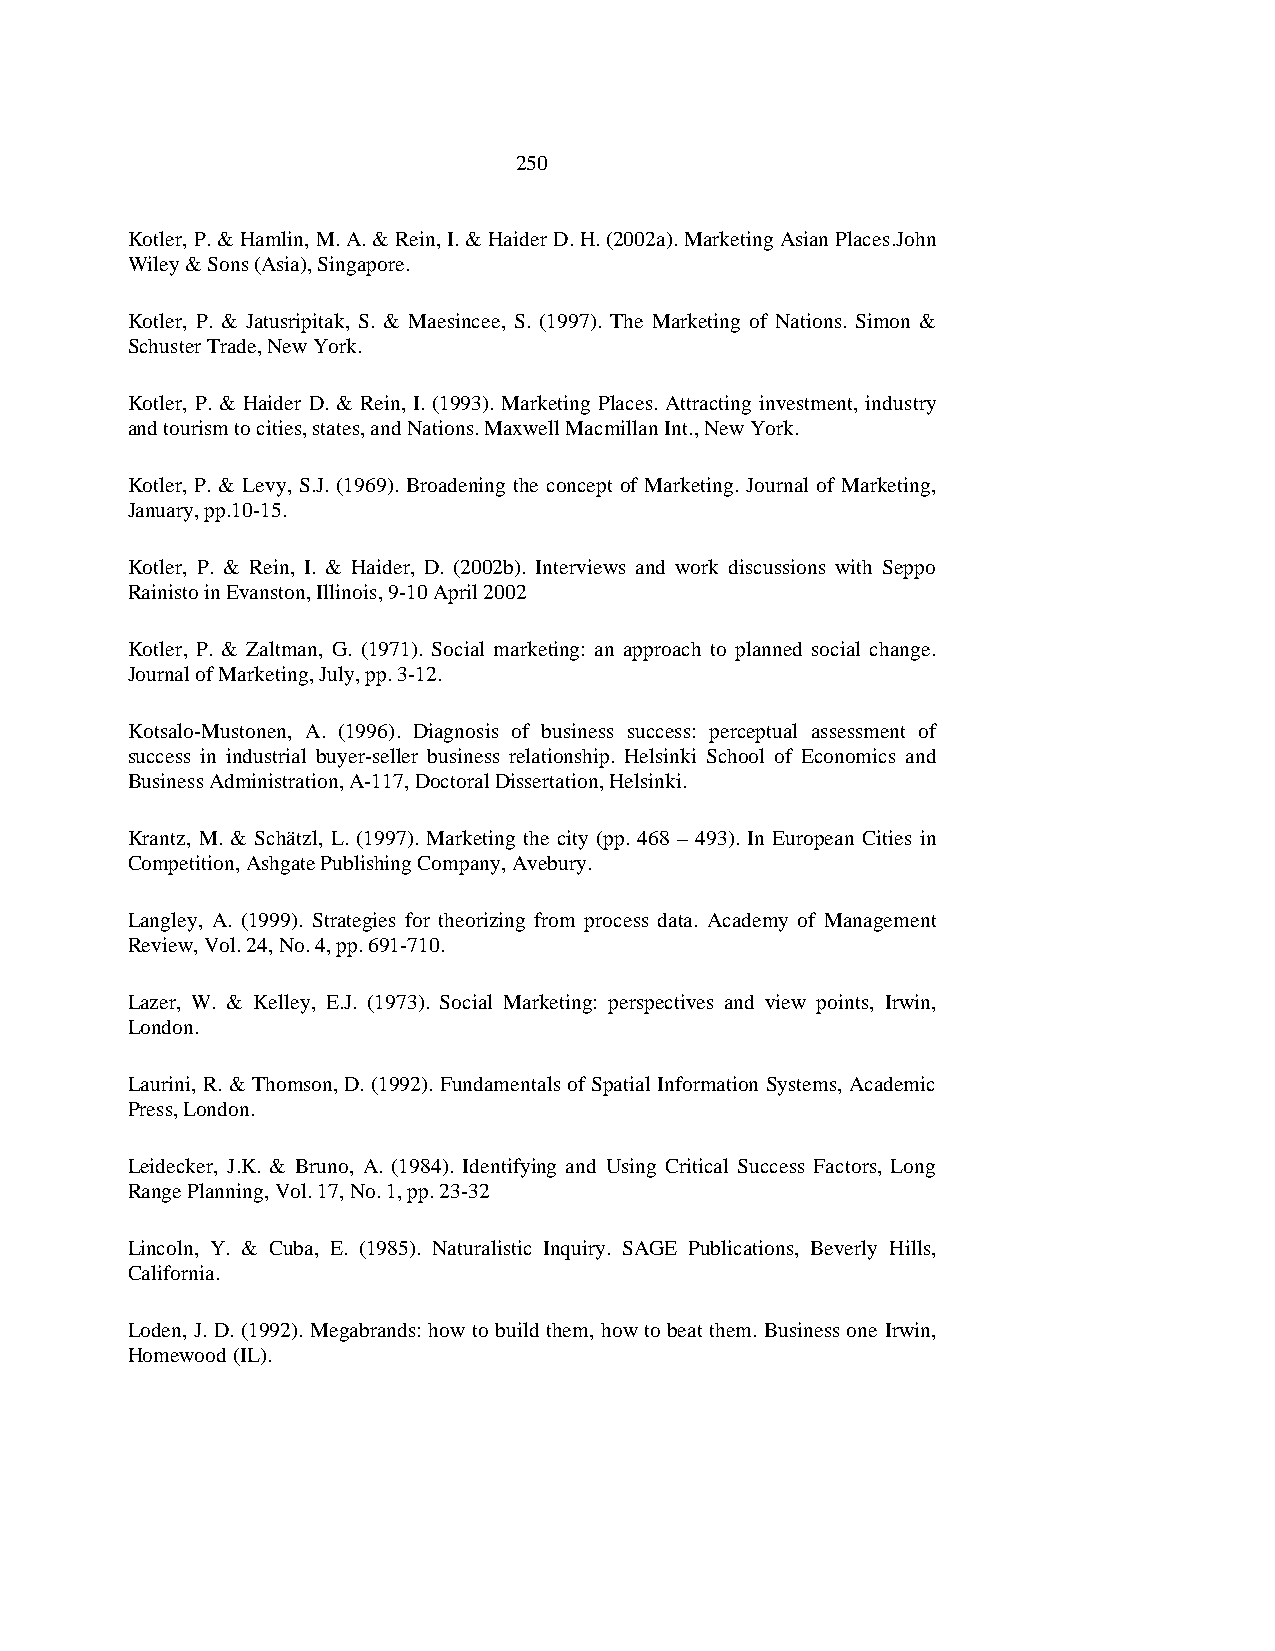
250
 Kotler, P. & Hamlin, M. A. & Rein, I. & Haider D. H. (2002a). Marketing Asian Places.John
 Wiley & Sons (Asia), Singapore.
 Kotler, P. & Jatusripitak, S. & Maesincee, S. (1997). The Marketing of Nations. Simon &
 Schuster Trade, New York.
 Kotler, P. & Haider D. & Rein, I. (1993). Marketing Places. Attracting investment, industry
 and tourism to cities, states, and Nations. Maxwell Macmillan Int., New York.
 Kotler, P. & Levy, S.J. (1969). Broadening the concept of Marketing. Journal of Marketing,
 January, pp.10-15.
 Kotler, P. & Rein, I. & Haider, D. (2002b). Interviews and work discussions with Seppo
 Rainisto in Evanston, Illinois, 9-10 April 2002
 Kotler, P. & Zaltman, G. (1971). Social marketing: an approach to planned social change.
 Journal of Marketing, July, pp. 3-12.
 Kotsalo-Mustonen, A. (1996). Diagnosis of business success: perceptual assessment of
 success in industrial buyer-seller business relationship. Helsinki School of Economics and
 Business Administration, A-117, Doctoral Dissertation, Helsinki.
 Krantz, M. & Schätzl, L. (1997). Marketing the city (pp. 468 – 493). In European Cities in
 Competition, Ashgate Publishing Company, Avebury.
 Langley, A. (1999). Strategies for theorizing from process data. Academy of Management
 Review, Vol. 24, No. 4, pp. 691-710.
 Lazer, W. & Kelley, E.J. (1973). Social Marketing: perspectives and view points, Irwin,
 London.
 Laurini, R. & Thomson, D. (1992). Fundamentals of Spatial Information Systems, Academic
 Press, London.
 Leidecker, J.K. & Bruno, A. (1984). Identifying and Using Critical Success Factors, Long
 Range Planning, Vol. 17, No. 1, pp. 23-32
 Lincoln, Y. & Cuba, E. (1985). Naturalistic Inquiry. SAGE Publications, Beverly Hills,
 California.
 Loden, J. D. (1992). Megabrands: how to build them, how to beat them. Business one Irwin,
 Homewood (IL).